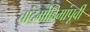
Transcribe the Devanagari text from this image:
चांद्रमोहिमांपूर्वी